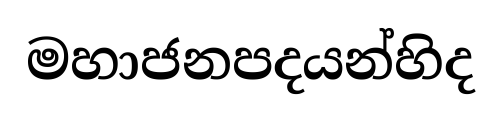
මහාජනපදයන්හිද